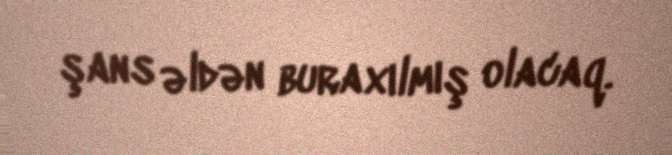
şans əldən buraxılmış olacaq.